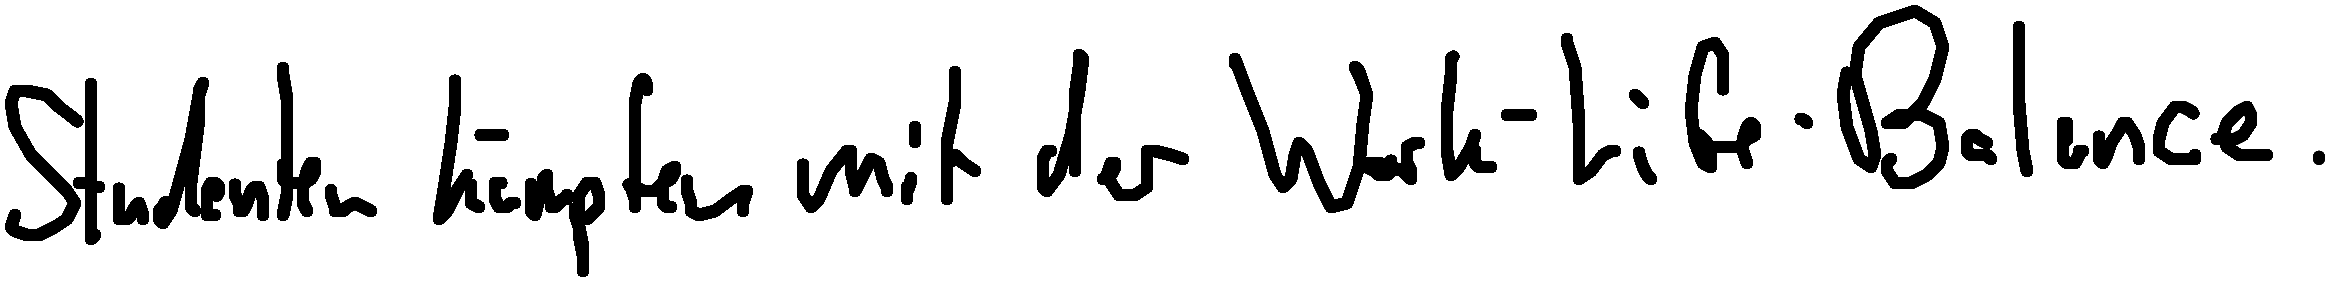
Studenten kämpfen mit der Work-Life-Balance.